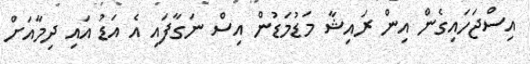
އިސްޖަހައިގެން އިން ރައިޝާ މަޑުމަޑުން އިސް ނަގާފައި އެ އަޑު އައި ދިމާއަށް